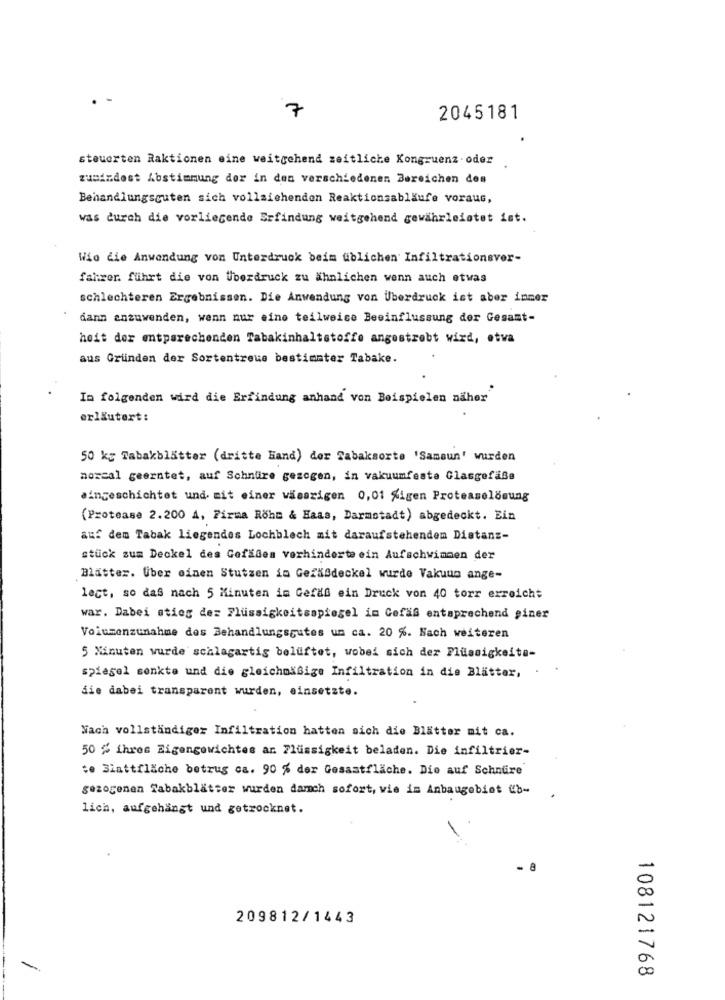
7
2045181
steuerten Raktionen eine weitgehend zeitliche Kongruenz - oder
zumindest Abstimmung der in den verschiedenen Bereichen des
Behandlungscuten sich vollsichendon Reaktionsabläufe voraus,
was durch die vorliegende Erfindung weitgehend gewährleistet ist.
Wio die Anwendung von Unterdruck beim üblichen Infiltrationsver-
fahrer. führt die von Überdruck zu ähnlichen wenn auch etwas
schlechteren Ergebnissen. Die Anwendung von Überdruck ist aber inmer
dann anzuwenden, wenn nur eine teilweise Beeinflussung der Gesamt-
hoit der entparechenden Tabakinhaltstoffe angestrebt wird, etwa
aus Gründen der Sortentreue bestimmter Tabake.
In folgenden wird die Erfindung anhand von Beispielen näher
erläutert:
50 kg Tabakblätter (dritte Hand) der Sabaksorte 'Samsun' wurden
norcal geerntet, auf Schnüire gezogen, in vakuumfeste Glasgefäße
aingeschichtet und mit einer wässrigen 0,01 %igen Proteaselösung
(Protease 2.200 A, Firma Röhm & Haas, Darmstadt) abgedeckt. Ein
auf dem Tabak liegendes Lochblech mit daraufstehendem Distanz-
stück zum Deckel des Gefäßen verhinderte ein Aufschwimmen der
Blätter. Über einen Stutzen in Gefaßdeckel wurde Vakuum ange-
lect, so daß nach 5 Minuten im Gefda ein Druck von 40 torr erreicht
war. Dabei stieg dez Flüssigkeitsspiegel im Gefäß entsprechend giner
Volumenzunahme des Behandlungsgutes um ca. 20 %. Nach weiteren
5 Minuten wurde schlagartig belüftet, wobei sich der Flüssigkeita-
spiegel senkte und die gleichmäßige Infiltration in die Blätter,
die dabei transparent wurden, einsetzte.
Nach vollständiger Infiltration hatten sich die Blätter mit ca.
50 % ihres Eigengewichtes ar. Flüssigkeit beladen. Die infiltrier-
:e Blattfläche betrug ca. 90 % der Gesamtfläche. Die auf Schnüre
gezogenen Tabakblätter wurden damch sofort, wie im Anbaugebiet &b-
lich, aufgehängt und getrocknet.
- 8
209812/1443
108121768